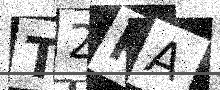
Text: T2KA